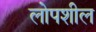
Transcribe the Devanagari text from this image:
लोपशील